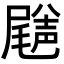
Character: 𡳦